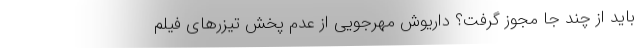
باید از چند جا مجوز گرفت؟ داریوش مهرجویی از عدم پخش تیزرهای فیلم